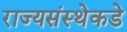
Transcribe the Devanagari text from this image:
राज्यसंस्थेकडे